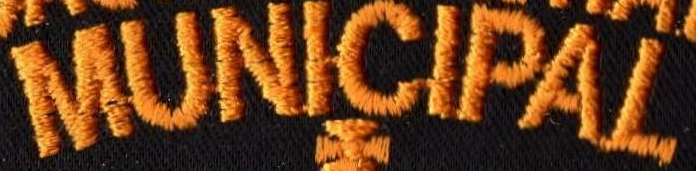
MUNICIPAL